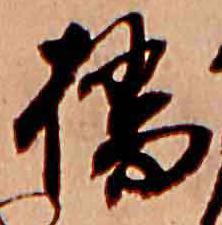
橋